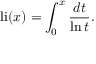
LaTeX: \operatorname { l i } ( x ) = \int _ { 0 } ^ { x } { \frac { d t } { \ln t } } .